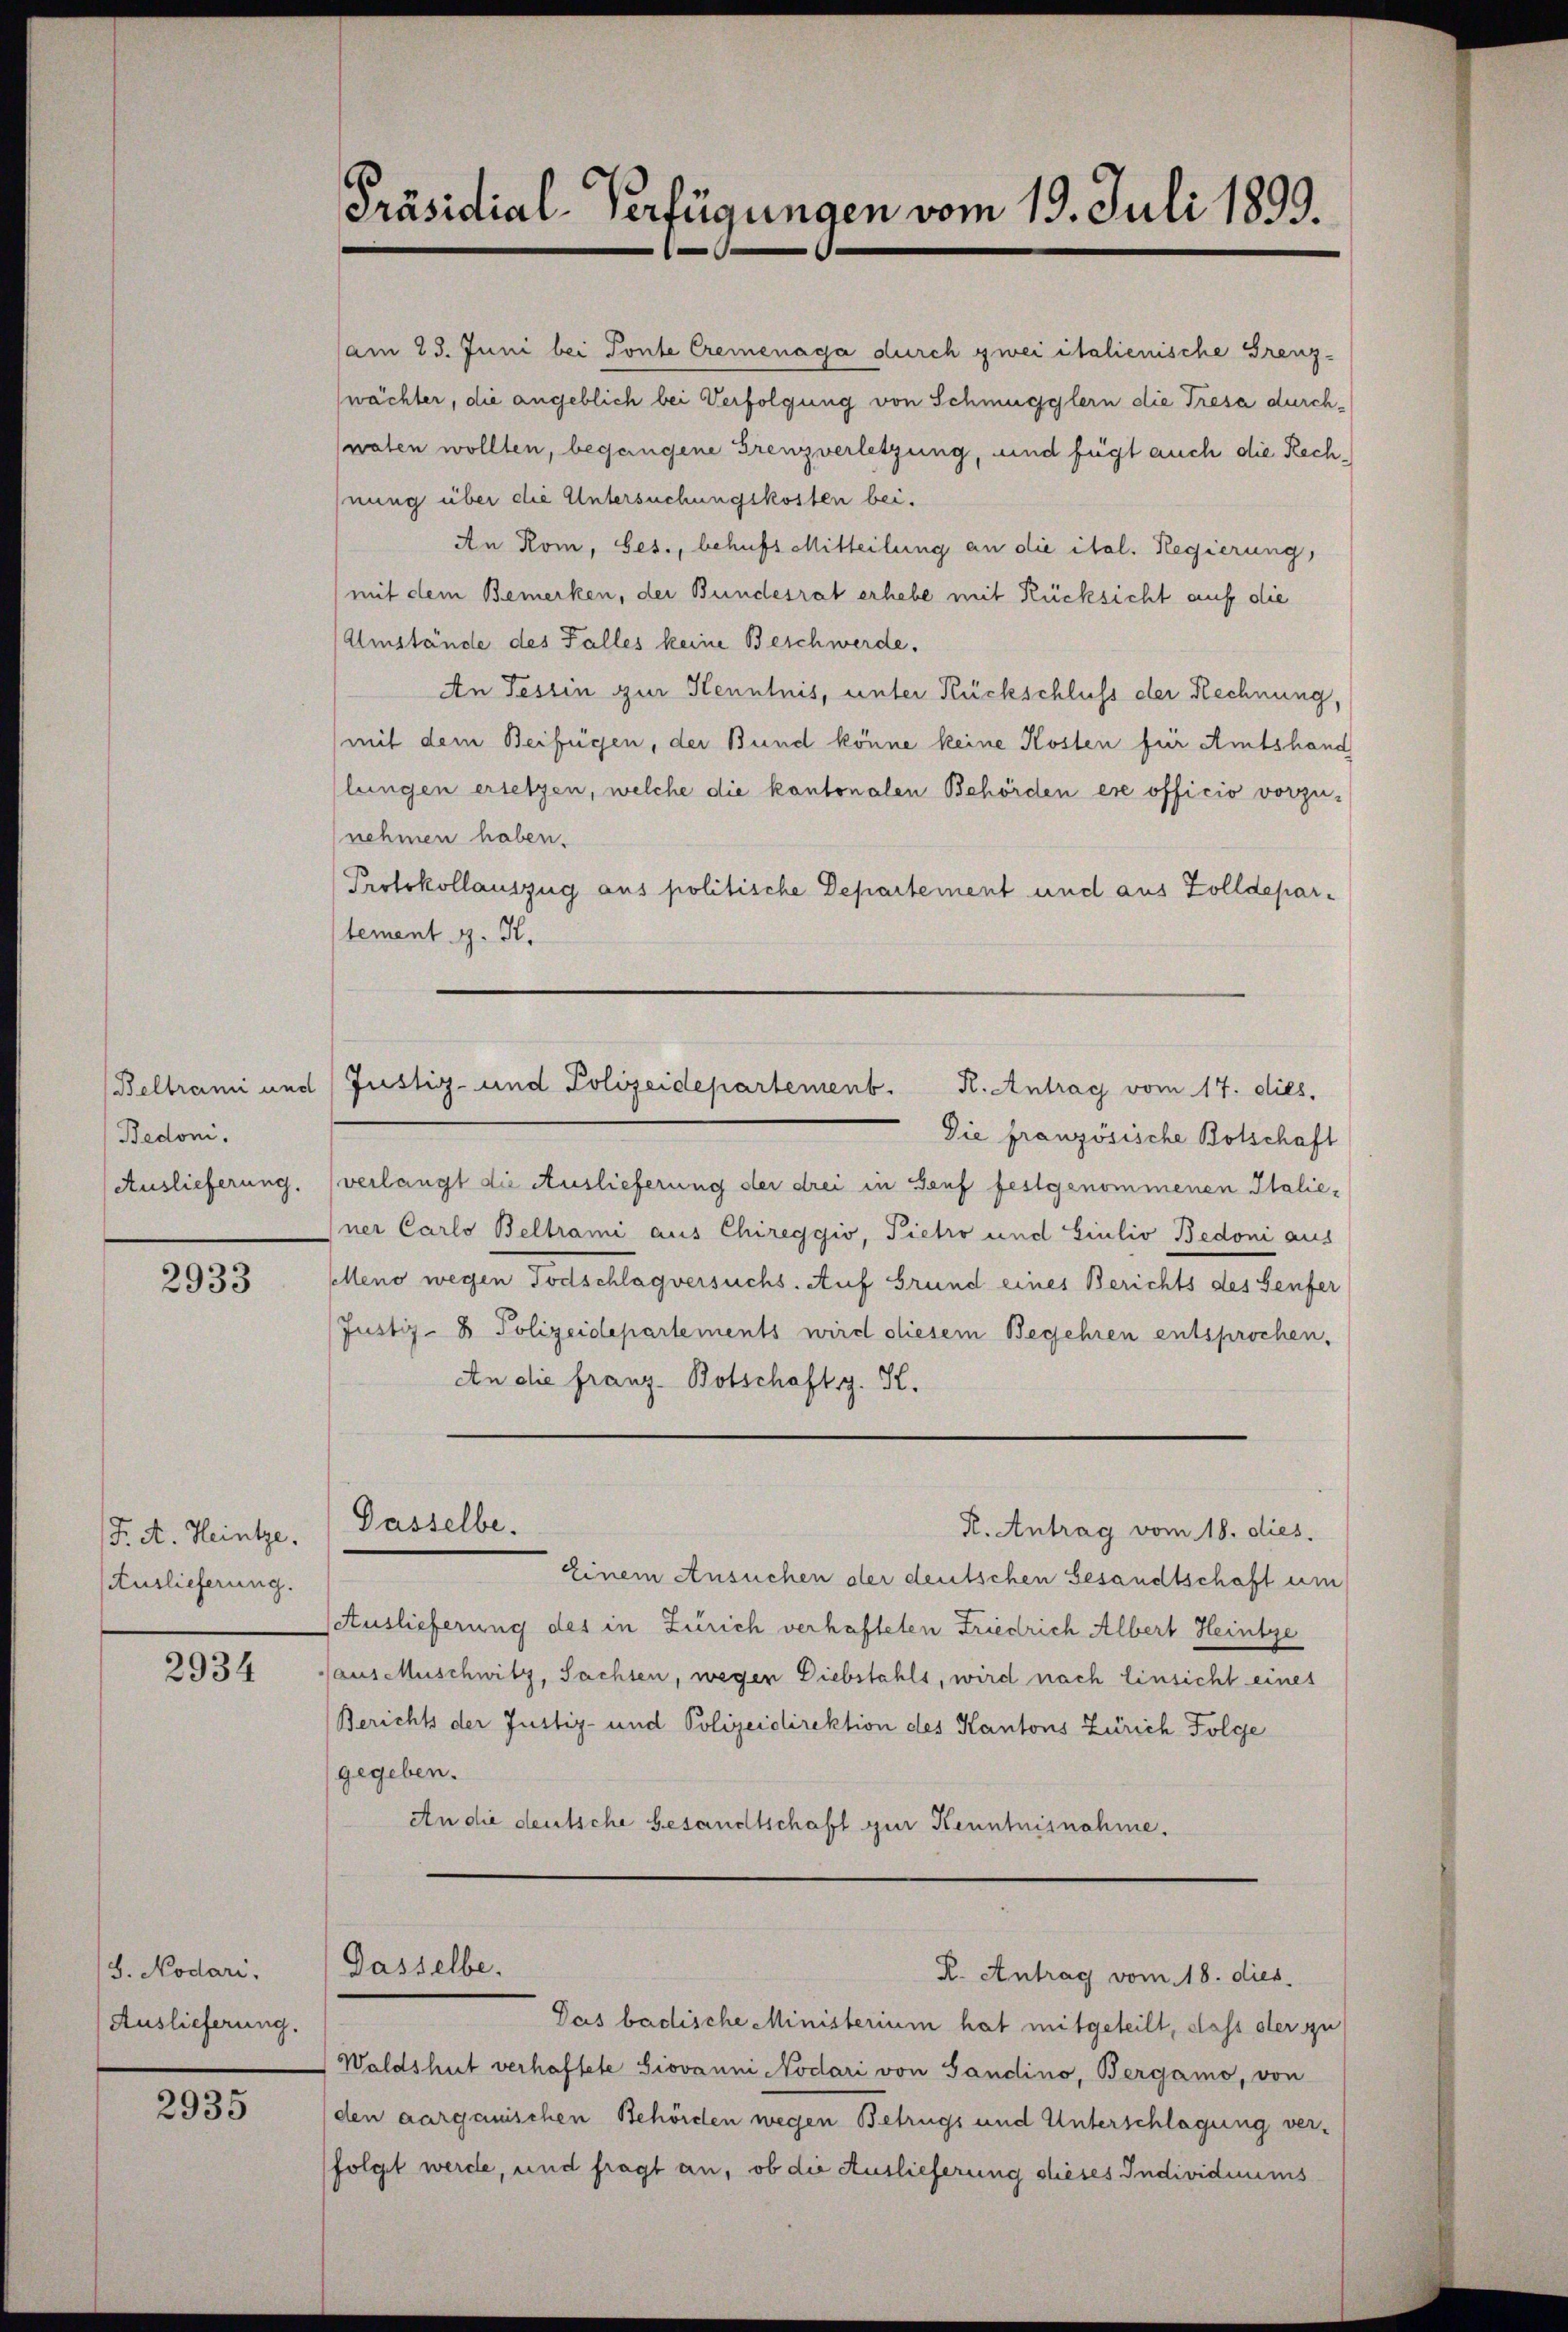
Beltrami und
Bedoni.
Auslieferung.

2933

J. A. Heintze.
Auslieferung.

2934

S. Nodari.
Auslieferung.

2935

Präsidial-Verfügungen vom 19. Juli 1893.

Justiz- und Polizeidepartement. R. Antrag vom 17. dies.

am 23. Juni bei Ponte Cremenaga durch zwei italienische Grenz-
wächter, die angeblich bei Verfolgung von Schmugglern die Tresa durchnaten wollten, begangene Grenzverletzung, und fügt auch die Rechhnung über die Untersuchungskosten bei.
An Rom, Ges., behufs Mitteilung an die ital. Regierung,
mit dem Bemerken, der Bundesrat erhebe mit Rücksicht auf die
Umstände des Falles keine Beschwerde.
An Tessin zur Kenntnis, unter Rückschluss der Rechnung,
mit dem Beifügen, der Bund könne keine Kosten für Amtshand
lungen ersetzen, welche die kantonalen Behörden ere officio vorzu-
nehmen haben.
Protokollauszug aus politische Departement und aus Zolldepartement J. K.
Die französische Botschaft
verlangt die Auslieferung der drei in Genf festgenommenen Italiener Carlo Beltrami aus Chireggio, Pietro und Giulio Bedoni aus
selleno wegen Todschlag versuchs. Auf Grund eines Berichts des Senfer
Justiz- & Polizeidepartements wird diesem Begehren entsprochen.
An die franz- Botschaft g. K.
Gasselbe.
R. Antrag vom 18. dies.
Einem Ansuchen der deutschen Gesandtschaft um
Auslieferung des in Zürich verhafteten Friedrich Albert Heintze
aus Muschwitz, Sachsen, wegen Diebstahls, wird nach Einsicht eines
Berichts der Justiz- und Polizeidirektion des Kantons Zürich Folge
gegeben.
An die deutsche Gesandtschaft zur Kenntnisnahme.

Dasselbe.

R. Antrag vom 18. dies

Das badische Ministerium hat mitgeteilt, dass der zu
Waldshut verhaftete Siovanni Nodari von Sandino, Bergamo, von
(den aargauischen Behörden wegen Betrugs und Unterschlagung ver-
folgt werde, und fragt an, ob die Auslieferung dieses Individuums